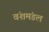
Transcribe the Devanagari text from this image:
वंशमंडल